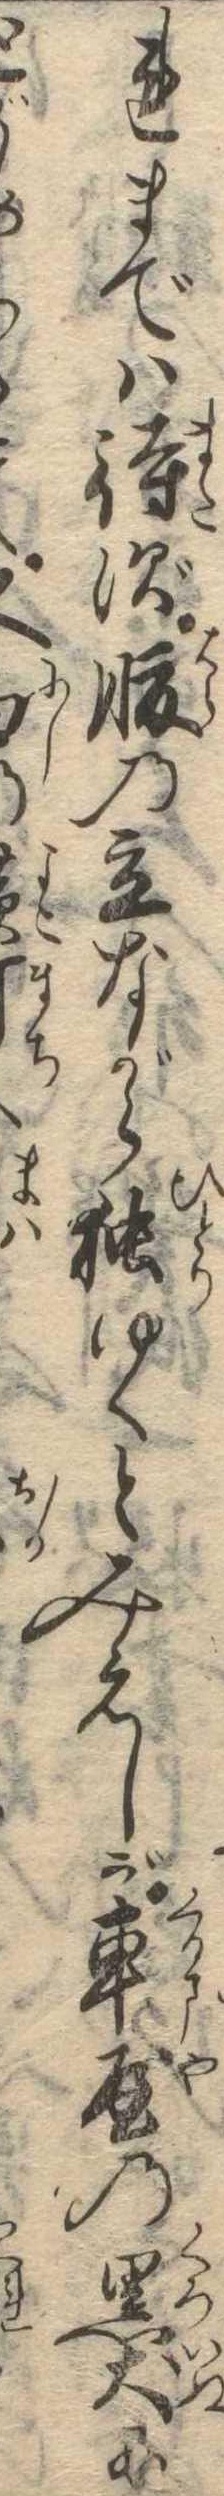
れまでは待ず腹の立ながら独ゆくとみえしが車屋の黒犬にとが